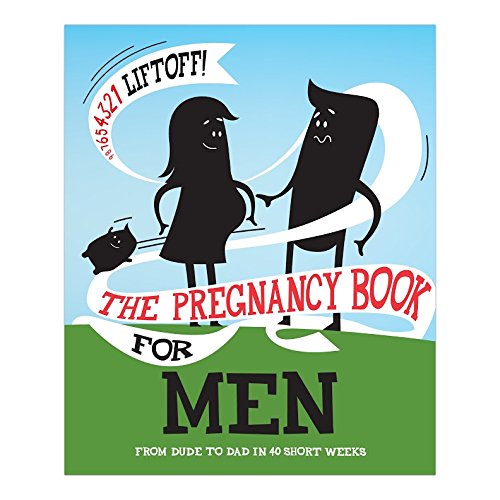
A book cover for The Pregnancy Book For Men: From Dude To Dad in 40 Short Weeks; Gerard Janssen; Parenting & Relationships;